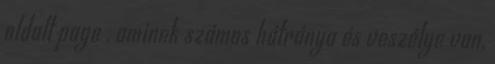
oldalt page , aminek számos hátránya és veszélye van,